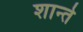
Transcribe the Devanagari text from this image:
शान्ते